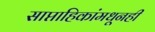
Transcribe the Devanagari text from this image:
साप्ताहिकांमधूनही